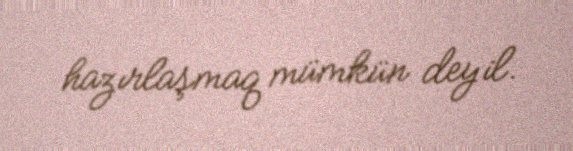
hazırlaşmaq mümkün deyil.